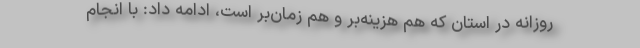
روزانه در استان که هم هزینه‌بر و هم زمان‌بر است، ادامه داد: با انجام